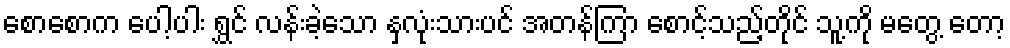
စောစောက ပေါ့ပါး ရွှင် လန်းခဲ့သော နှလုံးသားပင် အတန်ကြာ စောင့်သည့်တိုင် သူ့ကို မတွေ့ တော့